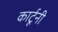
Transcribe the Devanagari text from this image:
कार्टूनी